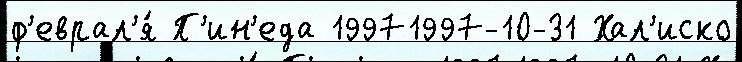
ф'еврал'я́ П'ин'еда 19971997-10-31 Хал'иско